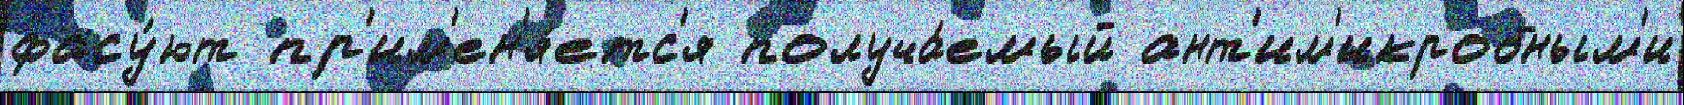
фасу́ют пр'им'ен'я́етс'я получа́емый ант'им'икробным'и